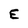
Character: E